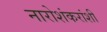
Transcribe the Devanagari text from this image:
नारोशंकरांशी